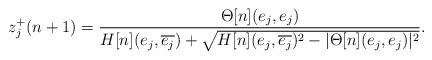
LaTeX: \begin{align*}z_j^+(n+1) = \frac{\Theta[n](e_j, e_j)}{H[n](e_j,\overline{e_j})+\sqrt{H[n](e_j,\overline{e_j})^2 - |\Theta[n](e_j, e_j)|^2}}.\end{align*}